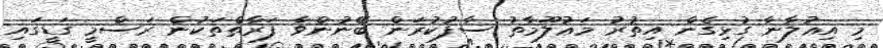
މި އިޢުލާނާ ގުޅިގެން އިތުރު މަޢުލޫމާތު ސާފުކުރަން ބޭނުންވާ ފަރާތްތަކުން ރަސްމީ ގަޑީގައި